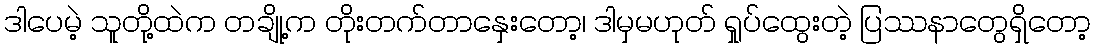
ဒါပေမဲ့ သူတို့ထဲက တချို့က တိုးတက်တာနှေးတော့၊ ဒါမှမဟုတ် ရှုပ်ထွေးတဲ့ ပြဿနာတွေရှိတော့